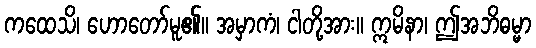
ကထေသိ၊ ဟောတော်မူ၏။ အမှာကံ၊ ငါတို့အား။ ဣမိနာ၊ ဤအဘိဓမ္မာ